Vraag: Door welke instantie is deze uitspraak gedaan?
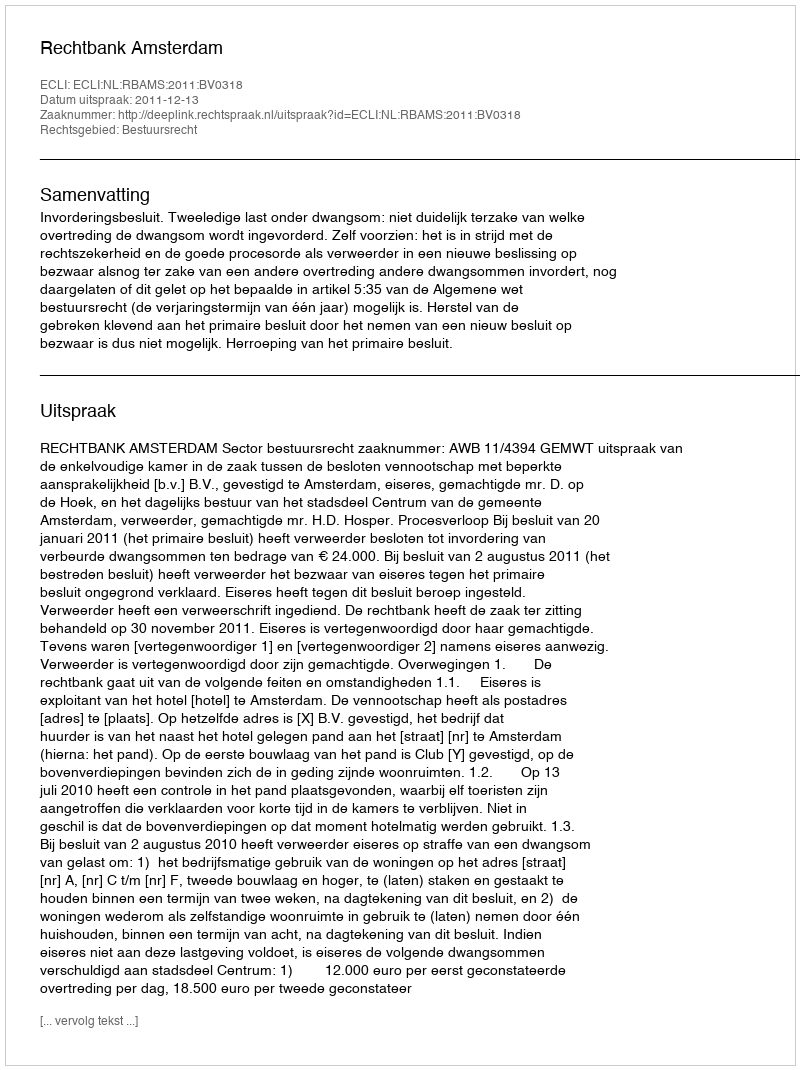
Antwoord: Rechtbank Amsterdam